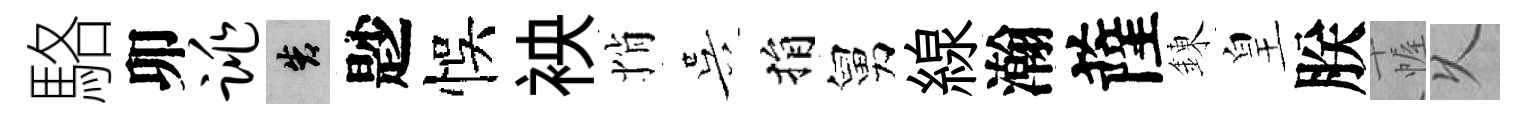
駱卯跳告尟悞䘧悄吴捐舅線瀚薩錬皇朕幄乆